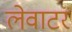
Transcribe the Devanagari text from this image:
लेवाटर